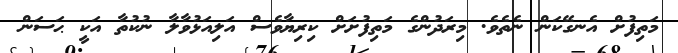
މަތިފުށް އެނގޭކަން ނެތެވެ. މިރަދުންގެ މަތިފުށަށް ކިރިޔާވެސް އަލިއަޅުވާލާ ނުކުތާ އަކީ ޙަސަން